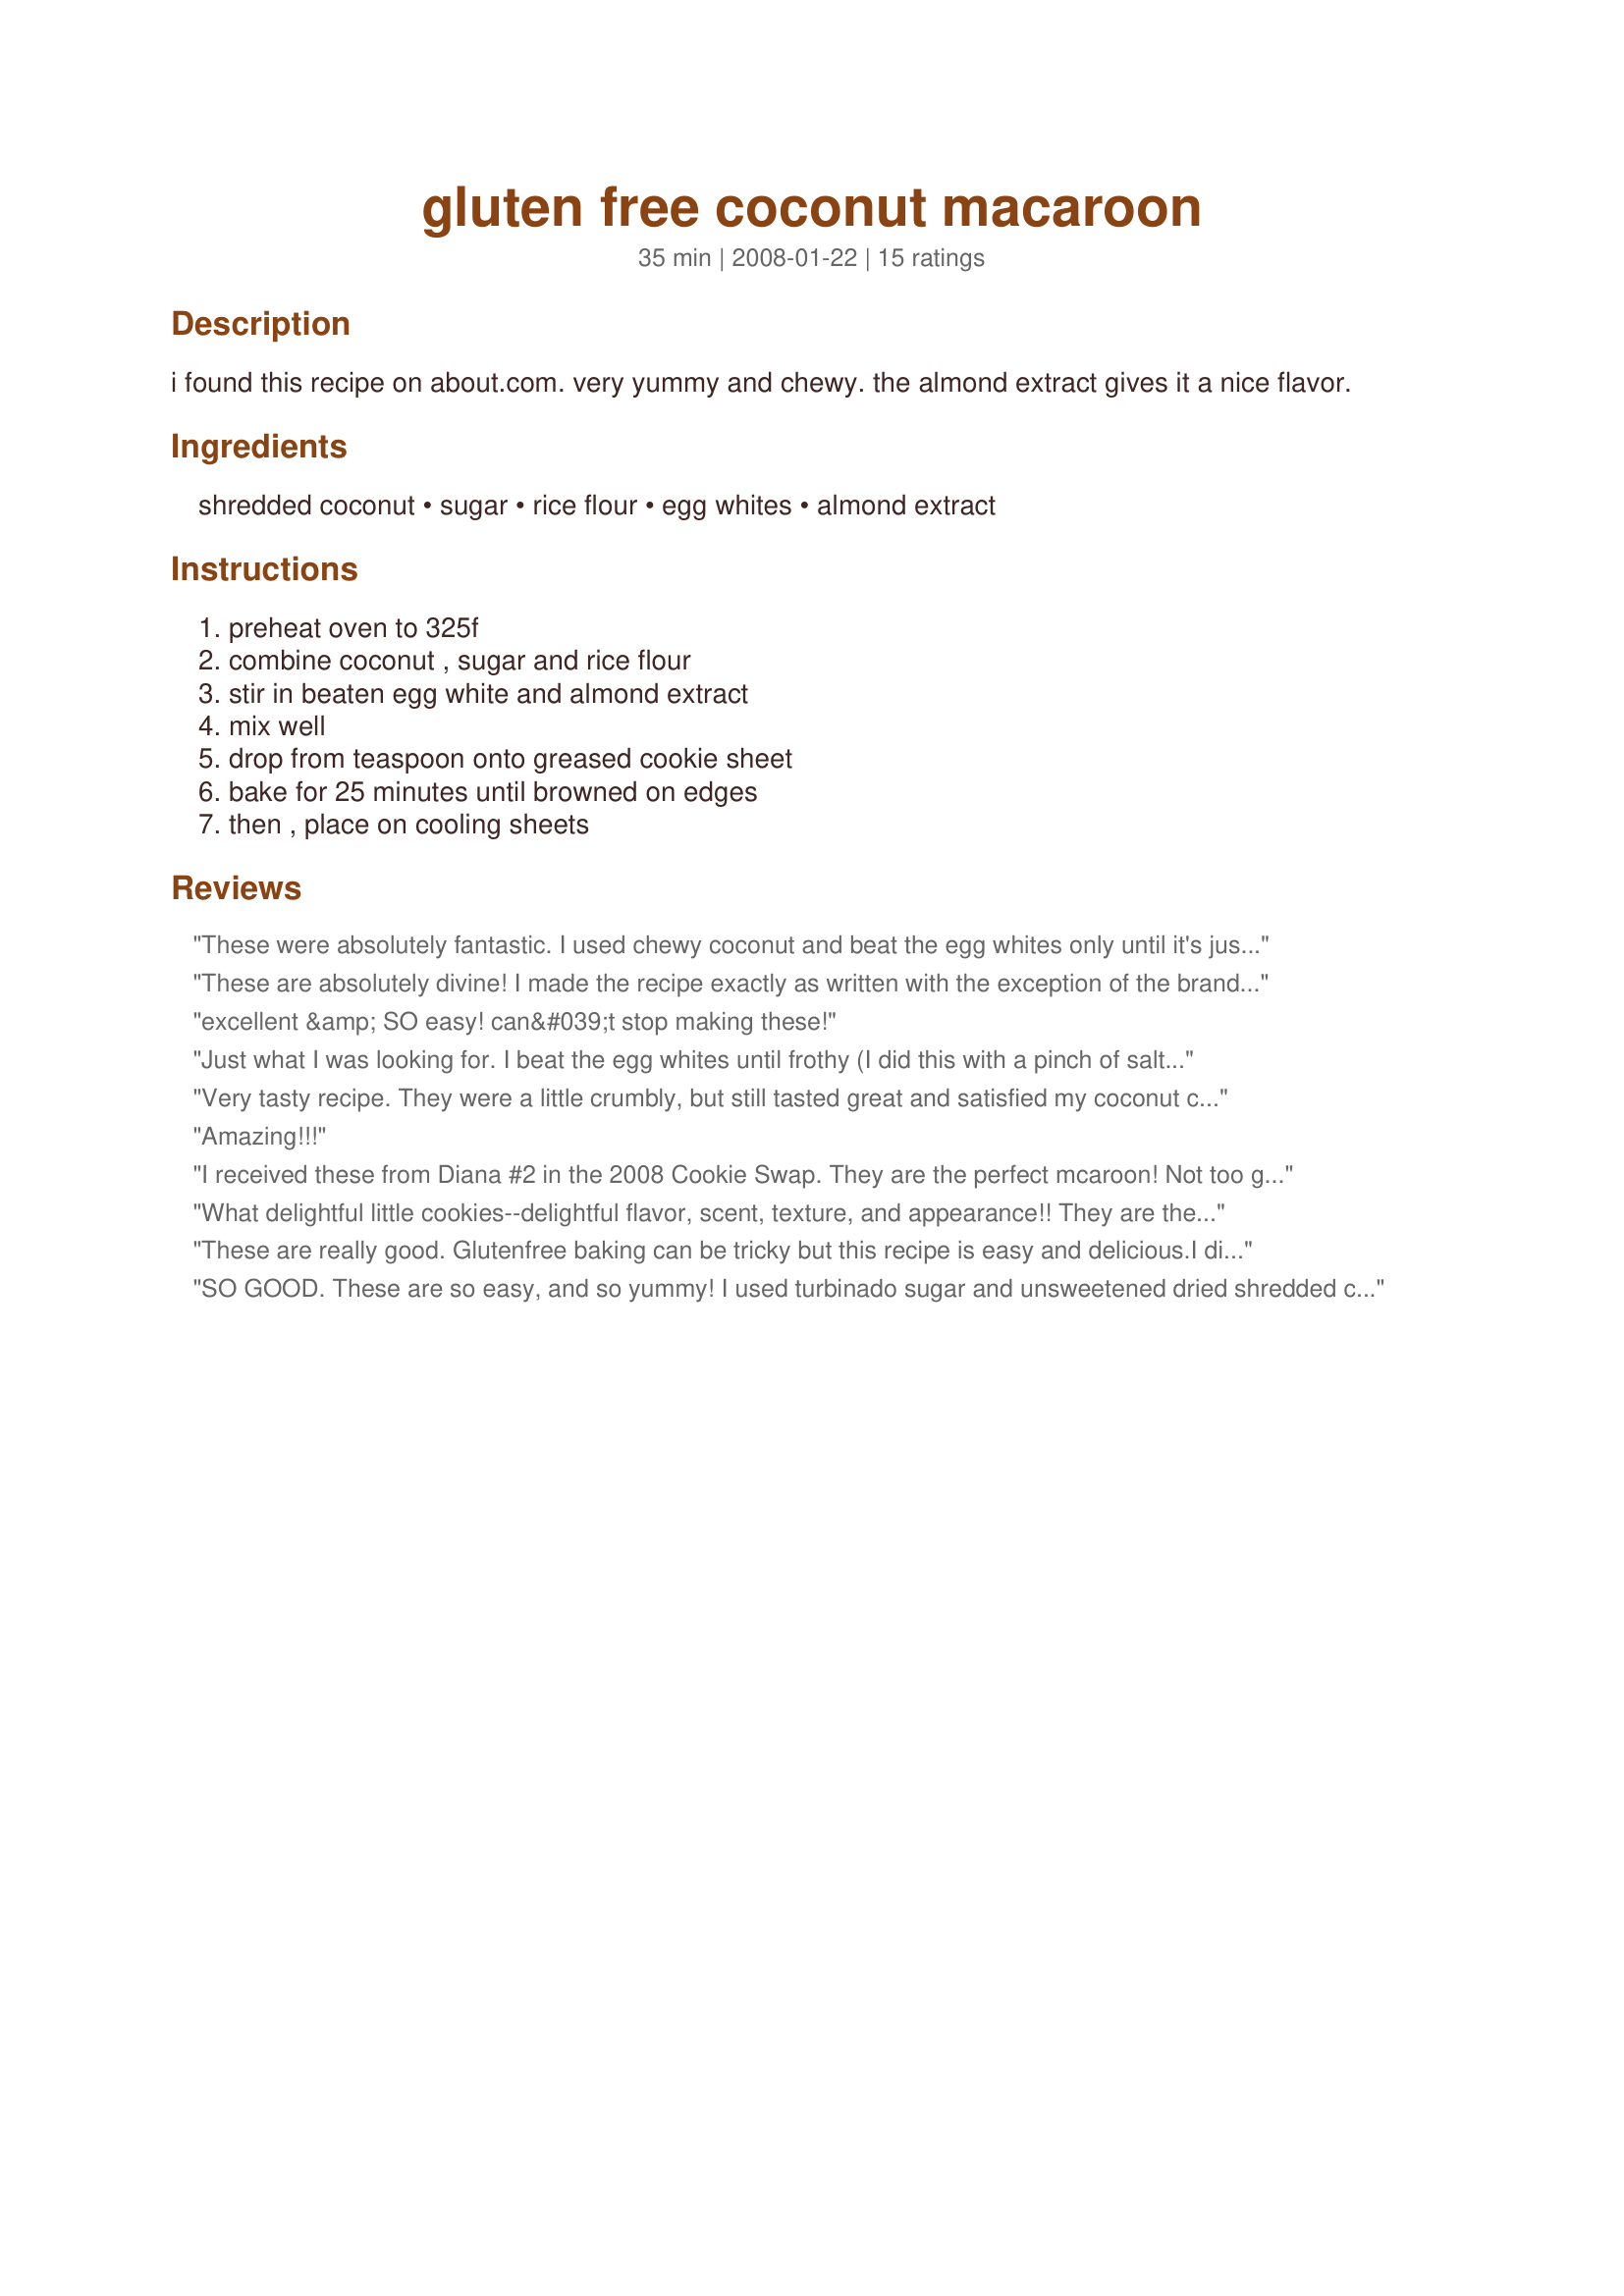
gluten free coconut macaroon
Preparation time: 35 minutes

i found this recipe on about.com. very yummy and chewy. the almond extract gives it a nice flavor.

Ingredients:
shredded coconut, sugar, rice flour, egg whites, almond extract

Steps:
preheat oven to 325f, combine coconut , sugar and rice flour, stir in beaten egg white and almond extract, mix well, drop from teaspoon onto greased cookie sheet, bake for 25 minutes until browned on edges, then , place on cooling sheets

Reviews:
These were absolutely fantastic. I used chewy coconut and beat the egg whites only until it's just started to turn to foam, only until it about doubles in size. I did one batch where I beat them a lot and it didn't turn out right. I also preferred my version with vanilla extract to almond extract, which I didn't like as much because it tasted like angel food cake then. Seriously perfect macaroons. I'm delighted!
These are absolutely divine! I made the recipe exactly as written with the exception of the brand of rice flour. Perfect! I love the chewiness of the coconut and the hint of almond flavor. I beat the eggs in a Kithcenaid mixer until just past the frothy stage. I was worried that there wouldn&#039;t be enough moisture to hold them together, but I needn&#039;t have worried. It&#039;s so nice to finally find a gluten-free recipe that is simple and delicious. My husband has about had it with my &#039;experiments&#039; :( But I know he&#039;s going to love these!
excellent &amp; SO easy! can&#039;t stop making these!
Just what I was looking for. I beat the egg whites until frothy (I did this with a pinch of salt, like we used to do at a bakery I worked for), then mixed in the rest of the ingredients. Thanks!
Very tasty recipe. They were a little crumbly, but still tasted great and satisfied my coconut craving. Maybe if I compact them more into balls next time it will work better.
Also, I noticed that it's not specified how much you should beat the egg whites. I went to soft peaks, but not sure.
Amazing!!!
I received these from Diana #2 in the 2008 Cookie Swap. They are the perfect mcaroon! Not too gooey, not to try. Just delicious. I will certainly make these regularly.
What delightful little cookies--delightful flavor, scent, texture, and appearance!! They are the perfect addition to my Christmas cookie tray! I used unsweetened shredded coconut, Arrowhead Mills brown rice flour, and added 1/8 teaspoon of salt; then used a packed level tablespoon of the coconut mixture for each cookie, baked them for 20 minutes, and got 14 tasty macaroons. I will definitely make these again! Thanks RNMOMMY2BOYS!!
These are really good. Glutenfree baking can be tricky but this recipe is easy and delicious.I did make a few minor substituions. I used half the sugar plus stevia powder and they were plenty sweet! I whipped the egg whites to soft peaks . I added some crushed almond slices to the coconut mixture. I used Pamala's GF pancake mix for the flour and vanilla for flavoring. I dont have parchment but my macaroons did not stick at all to the sheet. I used a small ice cream scoop to shape them . Even with all my changes I think they came out perfect! This is a keeper.
SO GOOD. These are so easy, and so yummy! I used turbinado sugar and unsweetened dried shredded coconut, along with some crumbled coconut flakes for texture. They came out nice and chewy and delicious. Now wishing I had made a double batch, because they're already half gone!
The metric measurements are completely wrong - 1 1/3 cup of coconut is about 80 grams not 314.66 grams. Having just wasted a huge amount of dessicated coconut and egg whites, I checked on other sites.
Wonderful little morsels. The outside is crispy while inside is chewy. Perfect. I used a 1 tsp measure to mold the mixture. Some I added glazed cherries to, and later today I plan on drizzling the rest with chocolate. I ended up with 24 cookies, which baked up nicely in 30 minutes. Thanks for posting such a quick and easy recipe.
good recipe. On the second and third makings I reduced the coconut by about 1/8-1/4. I also found the shredded coconut to be too chewy and heavy and so subbed half the shredded for desiccated. It cooked in half the time that was stated in the recipe. I also doubled the size of the macaroons. thanks for posting
Very nice indeed!! Ive been trying my hand at making a few gluten free cookies and this is the most fool proof so far as it doesnt require all the different flours. I rolled tablespoon sized portions into balls and they baked up lovely though only took 20 minutes in my oven.
Thanks for a top recipe!
These were excellent! You only need to beat the egg whites until they are just frothy, nothing more. I used sweetened coconut flakes, Bob&#039;s Red Mill white rice flour, and drizzled a little melted chocolate over top. We really like the almond extract, but would probably cut it in half next time. Great recipe!
